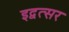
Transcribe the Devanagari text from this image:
इद्वत्सर